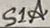
Text: S1A